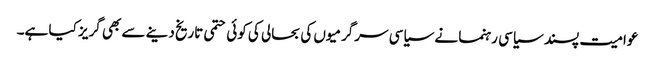
عوامیت پسند سیاسی رہنما نے سیاسی سرگرمیوں کی بحالی کی کوئی حتمی تاریخ دینے سے بھی گریز کیا ہے۔